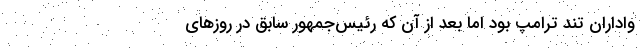
واداران تند ترامپ بود اما بعد از آن که رئیس‌جمهور سابق در روزهای